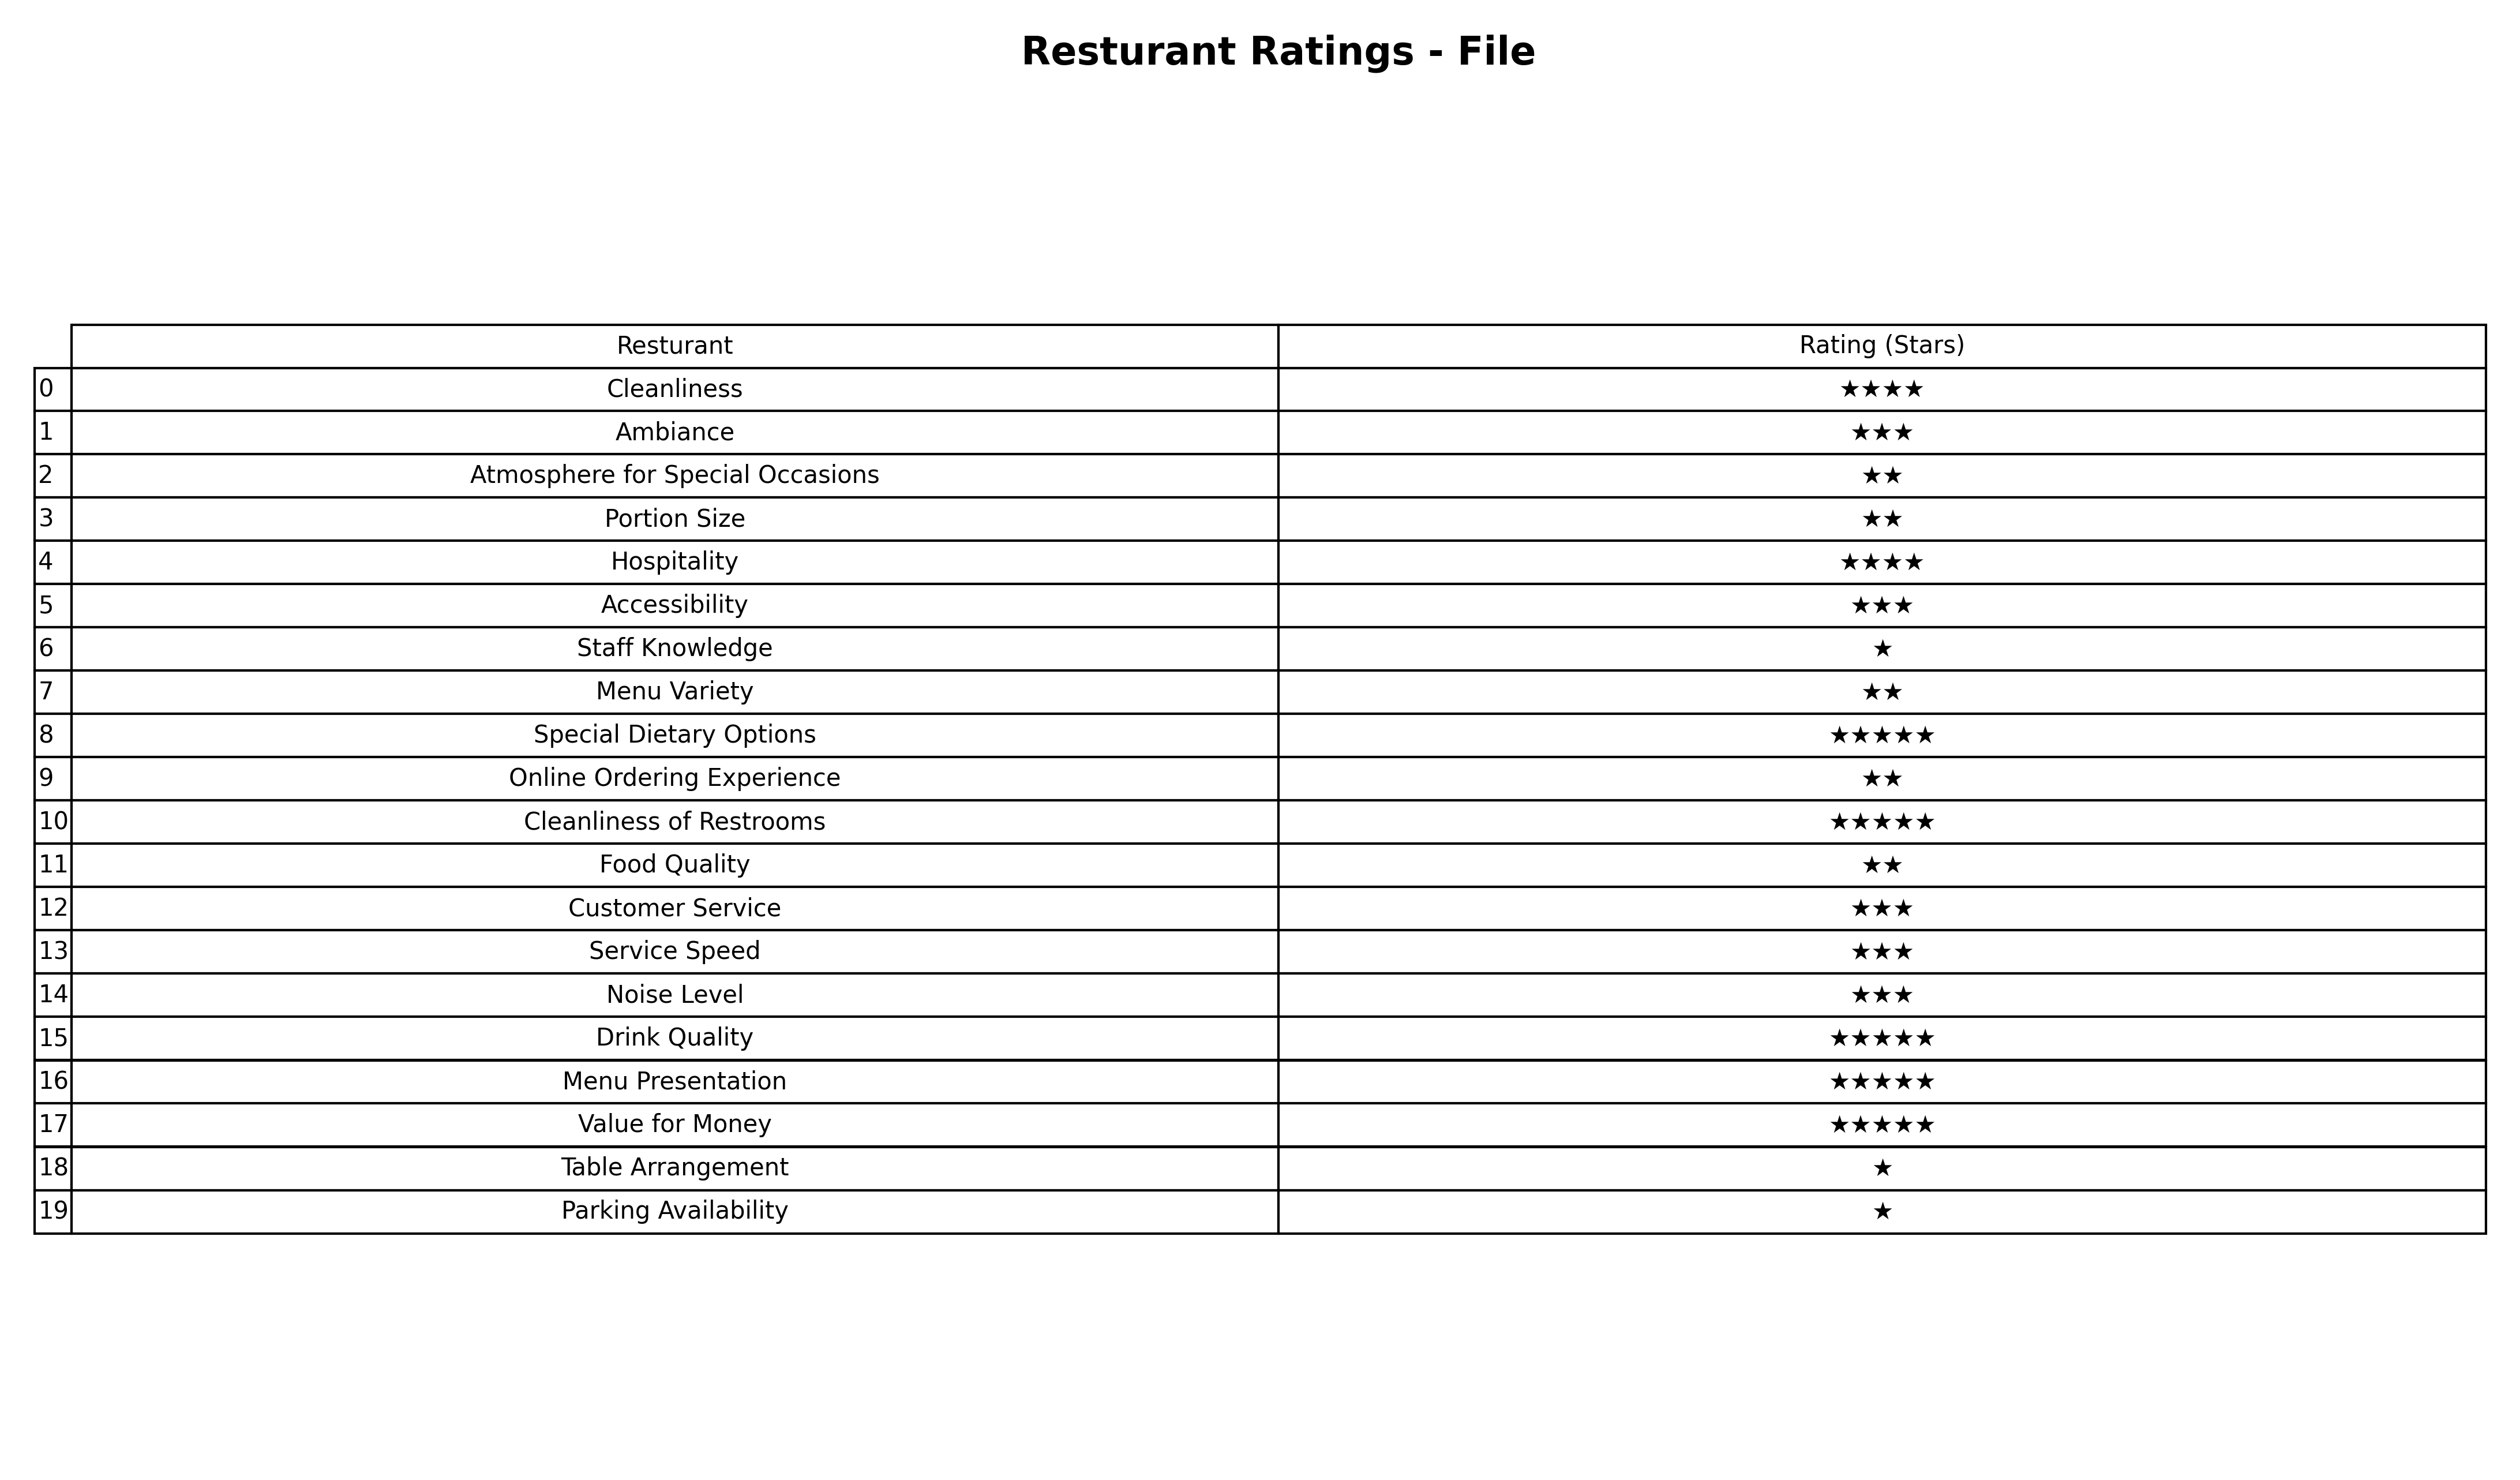
question: What are highest rating services?
answer: Special Dietary OptionsCleanliness of RestroomsDrink QualityMenu PresentationValue for Money